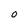
Character: 0